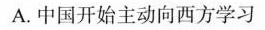
A.中国开始主动向西方学习